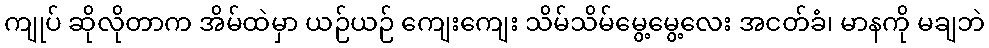
ကျုပ် ဆိုလိုတာက အိမ်ထဲမှာ ယဉ်ယဉ် ကျေးကျေး သိမ်သိမ်မွေ့မွေ့လေး အငတ်ခံ၊ မာနကို မချဘဲ